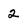
Character: 2